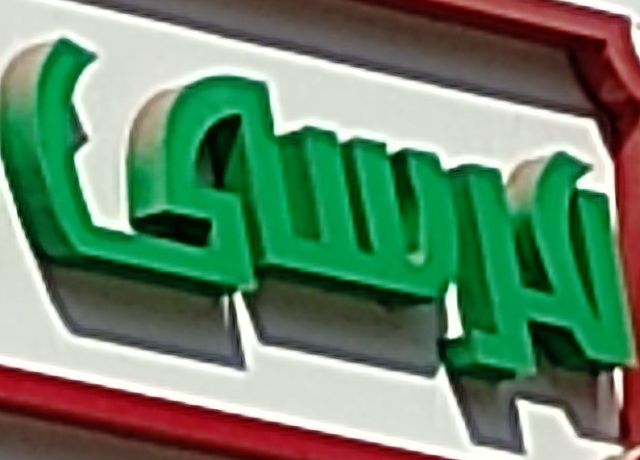
مرسى